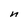
Character: n